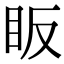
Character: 眅